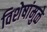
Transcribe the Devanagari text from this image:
विशेषांमुळे